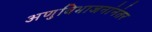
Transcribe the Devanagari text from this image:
अणुविभाजनांनंतर